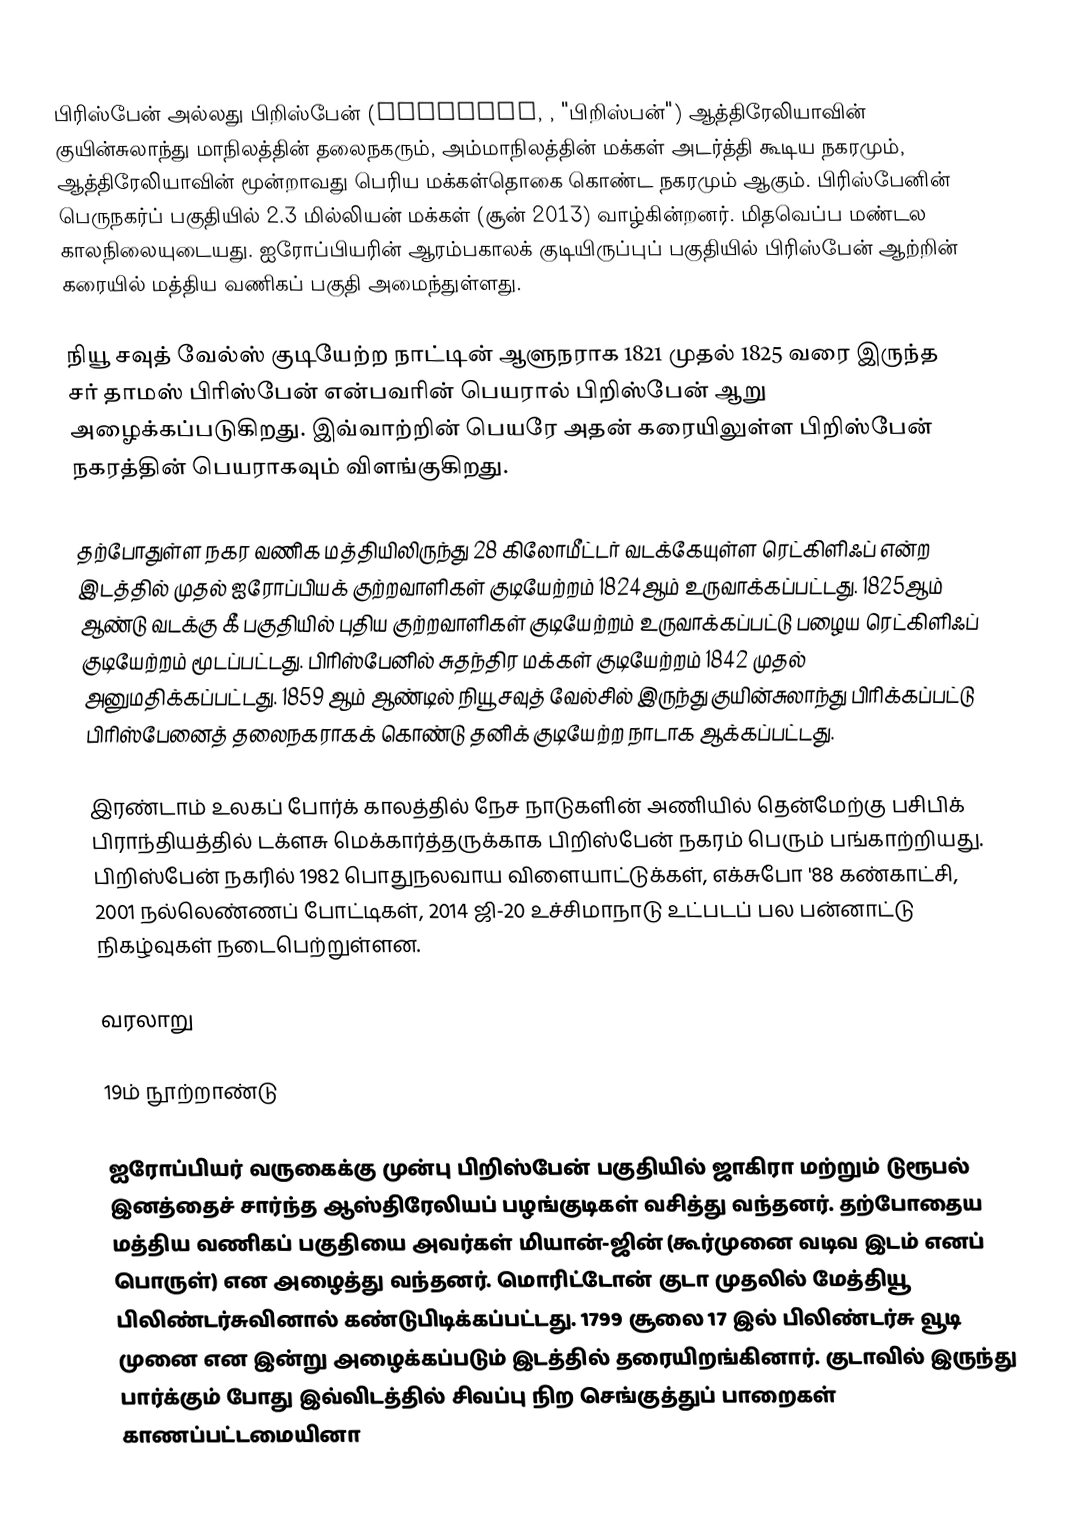
பிரிஸ்பேன் அல்லது பிறிஸ்பேன் (Brisbane, , "பிறிஸ்பன்") ஆத்திரேலியாவின் குயின்சுலாந்து மாநிலத்தின் தலைநகரும், அம்மாநிலத்தின் மக்கள் அடர்த்தி கூடிய நகரமும், ஆத்திரேலியாவின் மூன்றாவது பெரிய மக்கள்தொகை கொண்ட நகரமும் ஆகும். பிரிஸ்பேனின் பெருநகர்ப் பகுதியில் 2.3 மில்லியன் மக்கள் (சூன் 2013) வாழ்கின்றனர்.  மிதவெப்ப மண்டல காலநிலையுடையது. ஐரோப்பியரின் ஆரம்பகாலக் குடியிருப்புப் பகுதியில் பிரிஸ்பேன் ஆற்றின் கரையில் மத்திய வணிகப் பகுதி அமைந்துள்ளது.

நியூ சவுத் வேல்ஸ் குடியேற்ற நாட்டின் ஆளுநராக 1821 முதல் 1825 வரை இருந்த சர் தாமஸ் பிரிஸ்பேன் என்பவரின் பெயரால் பிறிஸ்பேன் ஆறு அழைக்கப்படுகிறது. இவ்வாற்றின் பெயரே அதன் கரையிலுள்ள பிறிஸ்பேன் நகரத்தின் பெயராகவும் விளங்குகிறது.

தற்போதுள்ள நகர வணிக மத்தியிலிருந்து 28 கிலோமீட்டர் வடக்கேயுள்ள ரெட்கிளிஃப் என்ற இடத்தில் முதல் ஐரோப்பியக் குற்றவாளிகள் குடியேற்றம் 1824ஆம் உருவாக்கப்பட்டது. 1825ஆம் ஆண்டு வடக்கு கீ பகுதியில் புதிய குற்றவாளிகள் குடியேற்றம் உருவாக்கப்பட்டு பழைய ரெட்கிளிஃப் குடியேற்றம் மூடப்பட்டது. பிரிஸ்பேனில் சுதந்திர மக்கள் குடியேற்றம் 1842 முதல் அனுமதிக்கப்பட்டது. 1859 ஆம் ஆண்டில் நியூ சவுத் வேல்சில் இருந்து குயின்சுலாந்து பிரிக்கப்பட்டு பிரிஸ்பேனைத் தலைநகராகக் கொண்டு தனிக் குடியேற்ற நாடாக ஆக்கப்பட்டது.

இரண்டாம் உலகப் போர்க் காலத்தில் நேச நாடுகளின் அணியில் தென்மேற்கு பசிபிக் பிராந்தியத்தில் டக்ளசு மெக்கார்த்தருக்காக பிறிஸ்பேன் நகரம் பெரும் பங்காற்றியது. பிறிஸ்பேன் நகரில் 1982 பொதுநலவாய விளையாட்டுக்கள், எக்சுபோ '88 கண்காட்சி, 2001 நல்லெண்ணப் போட்டிகள், 2014 ஜி-20 உச்சிமாநாடு உட்படப் பல பன்னாட்டு நிகழ்வுகள் நடைபெற்றுள்ளன.

வரலாறு

19ம் நூற்றாண்டு

ஐரோப்பியர் வருகைக்கு முன்பு பிறிஸ்பேன் பகுதியில் ஜாகிரா மற்றும் டுரூபல் இனத்தைச் சார்ந்த ஆஸ்திரேலியப் பழங்குடிகள் வசித்து வந்தனர். தற்போதைய மத்திய வணிகப் பகுதியை அவர்கள் மியான்-ஜின் (கூர்முனை வடிவ இடம் எனப் பொருள்) என அழைத்து வந்தனர். மொரிட்டோன் குடா முதலில் மேத்தியூ பிலிண்டர்சுவினால் கண்டுபிடிக்கப்பட்டது. 1799 சூலை 17 இல் பிலிண்டர்சு வூடி முனை என இன்று அழைக்கப்படும் இடத்தில் தரையிறங்கினார். குடாவில் இருந்து பார்க்கும் போது இவ்விடத்தில் சிவப்பு நிற செங்குத்துப் பாறைகள் காணப்பட்டமையினா